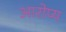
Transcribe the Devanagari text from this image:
आरोप्य